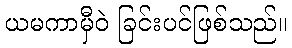
ယမကာမှီဝဲ ခြင်းပင်ဖြစ်သည်။